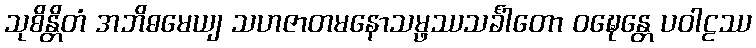
သုစိန္တိတံ အဘိဓမေယျ သဟဇာတမနောသမ္ဖဿသင်္ခါတော ဝဍ္ဎေန္တေ ပဝါဠဿ